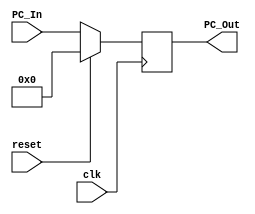
`timescale 1ns / 1ps

module Program_Counter(
    input clk,
    input reset,
    input [63:0]PC_In,
    output reg [63:0]PC_Out
    );
    
    initial begin
    PC_Out = 0;
     end
   
    always @(posedge clk)
    begin
    if (reset)
     PC_Out = 0;
    
    else
      PC_Out = PC_In;
    
    end
    
endmodule